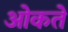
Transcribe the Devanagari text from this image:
ओकते